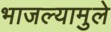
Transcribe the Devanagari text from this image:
भाजल्यामुले